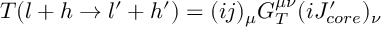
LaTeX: T ( l + h \to l ^ { \prime } + h ^ { \prime } ) = ( i j ) _ { \mu } G _ { T } ^ { \mu \nu } ( i J _ { c o r e } ^ { \prime } ) _ { \nu }